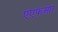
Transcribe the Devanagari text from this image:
एएफआर